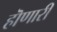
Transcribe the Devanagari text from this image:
हॊणारी